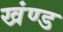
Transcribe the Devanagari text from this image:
खंण्ड